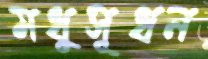
মধুসূধন